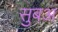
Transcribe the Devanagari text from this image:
सुबअ